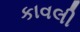
કાવલી